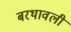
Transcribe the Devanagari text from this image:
बरथावली